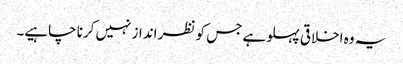
یہ وہ اخلاقی پہلو ہے جس کو نظر انداز نہیں کرنا چاہیے۔